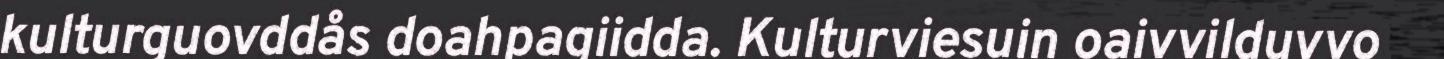
kulturguovddås doahpagiidda. Kulturviesuin oaivvilduvvo